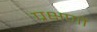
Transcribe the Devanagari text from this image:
प्रक्षणों